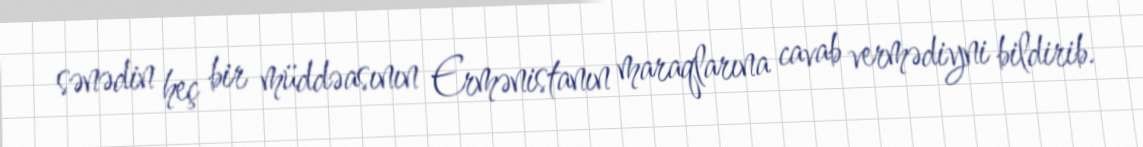
sənədin heç bir müddəasının Ermənistanın maraqlarına cavab vermədiyni bildirib.